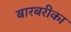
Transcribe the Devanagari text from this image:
बारबरीका